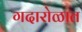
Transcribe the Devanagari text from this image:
गदारोळात